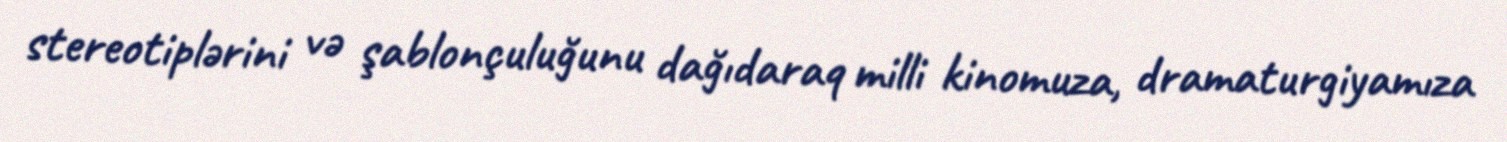
stereotiplərini və şablonçuluğunu dağıdaraq milli kinomuza, dramaturgiyamıza